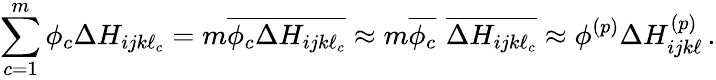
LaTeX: \sum_{c=1}^{m}\phi_{c}\Delta H_{ijk\ell_{c}}=m\overline{{\phi_{c}\Delta H_{ijk\ell_{c}}}}\approx m\overline{{\phi_{c}}}\, \, \overline{{\Delta H_{ijk\ell_{c}}}}\approx\phi^{(p)}\Delta H_{ijk\ell}^{(p)}\, .